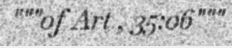
"""of Art , 35:06"""